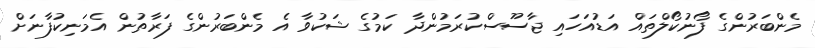
މެންބަރުންގެ ފޯނުކޯލްތައް އަޑުއަހައި ޖާސޫސްކުރަމުންދާ ކަމުގެ ޝަކުވާ އެ މެންބަރުންގެ ފަރާތުން އެމަނިކުފާނަށް